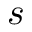
s